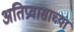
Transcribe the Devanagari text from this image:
अतिप्रवासाच्या